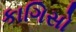
કાગિસો